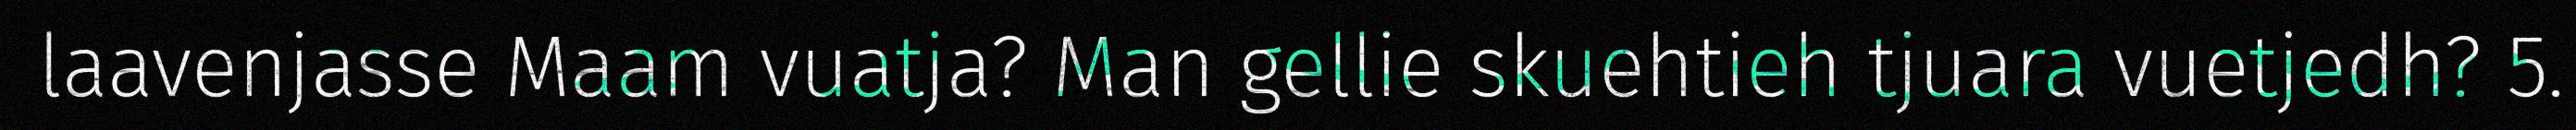
laavenjasse Maam vuatja? Man gellie skuehtieh tjuara vuetjedh? 5.